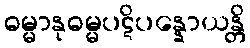
ဓမ္မာနုဓမ္မပဋိပန္နောယန္တိ